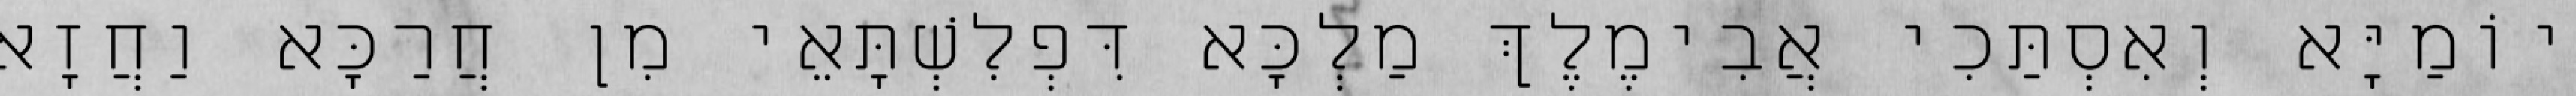
יוֹמַיָּא וְאִסְתַּכִי אֲבִימֶלֶךְ מַלְכָּא דִּפְלִשְׁתָּאֵי מִן חֲרַכָּא וַחֲזָא